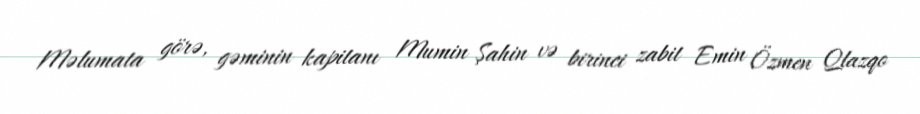
Məlumata görə, gəminin kapitanı Mumin Şahin və birinci zabit Emin Özmen Qlazqo